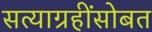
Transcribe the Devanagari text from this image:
सत्याग्रहींसोबत